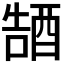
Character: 𮠭